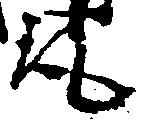
取